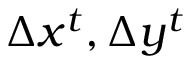
\Delta x ^ { t } , \Delta y ^ { t }